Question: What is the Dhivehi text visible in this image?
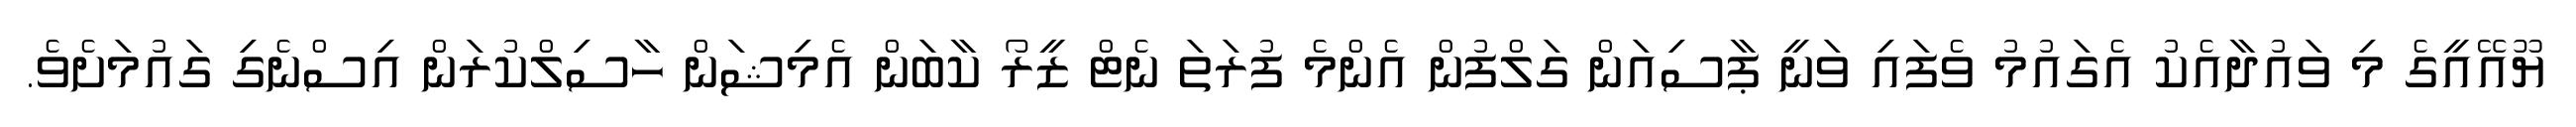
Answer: ޔޫއޭއީގެ މި ވައުދާއެކު އެގައުމު ވެފައި ވަނީ ޕާސިއަން ގަލްފުން އެންމެ ފުރަތަ ނެޓް ޒީރޯ ކާބަން އެމިޝަން ހާސިލްކުރަން އިސްނެގި ގައުމަށެވެ.